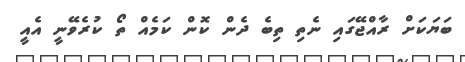
ބަޔަކަށް ރާއްޖޭގައި ނެތި ތިބެ ދެން ކޮން ކަމެއް ތޯ ކުރެވޭނީ އެއީ